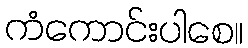
ကံကောင်းပါစေ။